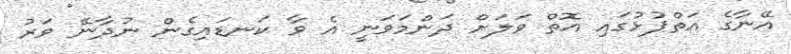
އޭނާގެ އަތްޕުޅުގައި އޮތް ވަލަށް ދަންމަވަނީ އެ ވާ ކަނޑައިގެން ނުދާނޭ ވަރު